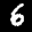
Label: 6